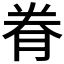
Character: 𮌐